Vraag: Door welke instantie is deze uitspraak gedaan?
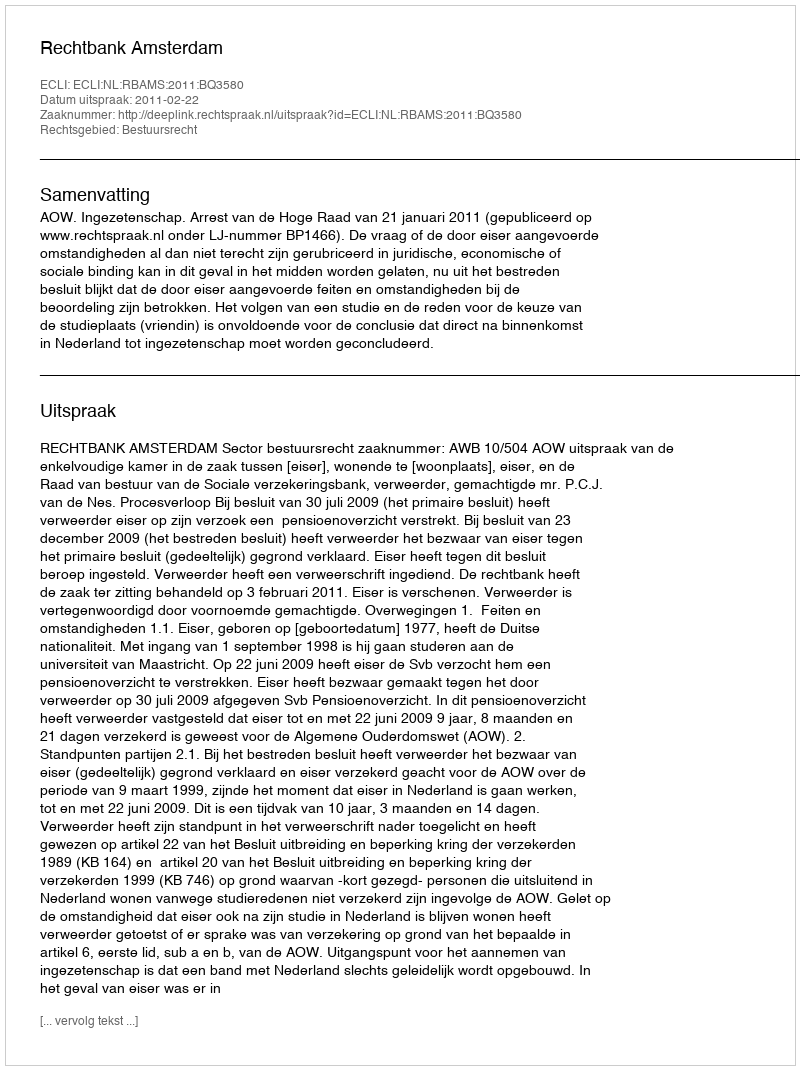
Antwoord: Rechtbank Amsterdam